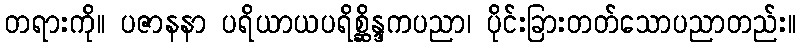
တရားကို။ ပဇာနနာ ပရိယာယပရိစ္ဆိန္ဒကပညာ၊ ပိုင်းခြားတတ်သောပညာတည်း။